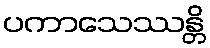
ပကာသေဿန္တိ